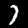
Digit: 7